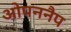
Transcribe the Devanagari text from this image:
ओपननैप